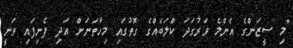
"މި ސީޒަންގެ އެންމެ ވަރުގަދަ ކްލަބެއްގެ ގޮތުގައި މިހާތަނަށް އަދި ފެނިފައި ވަނީ